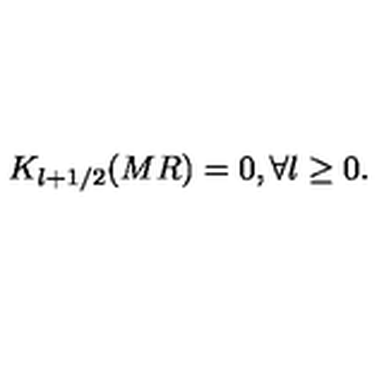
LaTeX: K _ { l + 1 / 2 } ( M R ) = 0 , \forall l \geq 0 .